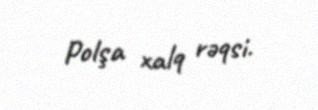
Polşa xalq rəqsi.